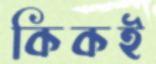
কিকই